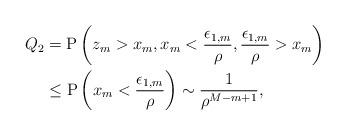
LaTeX: \begin{align*}Q_2&=\mathrm{P}\left( z_m>x_m, x_m< \frac{\epsilon_{1,m}}{\rho} , \frac{\epsilon_{1,m}}{\rho} > x_m \right)\\ &\leq \mathrm{P}\left( x_m< \frac{\epsilon_{1,m}}{\rho} \right) \sim \frac{1}{\rho^{M-m+1}},\end{align*}